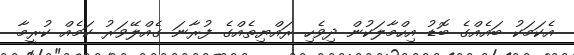
އެކަމަކު ބައެއްގެ ބޮޑު އިހްމާލަކުން ދިވެހި ރައްޔިތެއްގެ ފުރާނަަ ގެއްލޭވަރު ކަމެއް ކުރީމާ